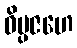
ဝိပ္ပဇဟေ